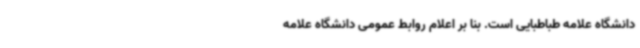
دانشگاه علامه طباطبایی است. بنا بر اعلام روابط عمومی دانشگاه علامه